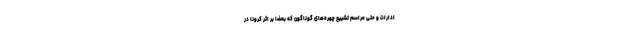
ادارات و حتی مراسم تشییع چهره‌های گوناگون که بعضا بر اثر کرونا در